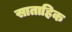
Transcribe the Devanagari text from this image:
साताहिक